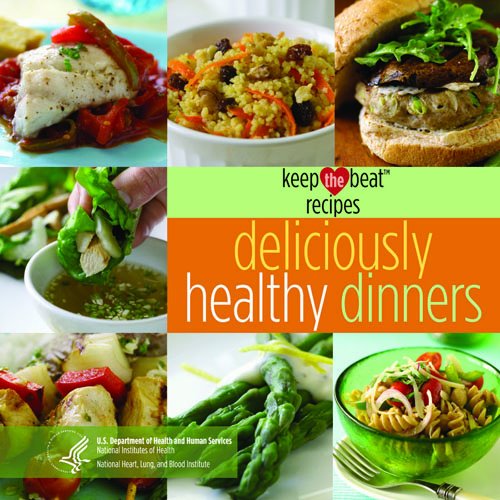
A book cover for Keep the Beat Recipes: Deliciously Healthy Dinners; National Heart; Cookbooks, Food & Wine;